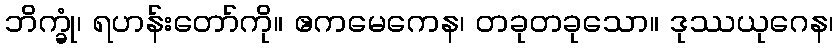
ဘိက္ခုံ၊ ရဟန်းတော်ကို။ ဧကမေကေန၊ တခုတခုသော။ ဒုဿယုဂေန၊